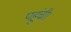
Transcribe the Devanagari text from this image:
पहूंची।